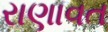
રાણાવત